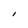
Character: I